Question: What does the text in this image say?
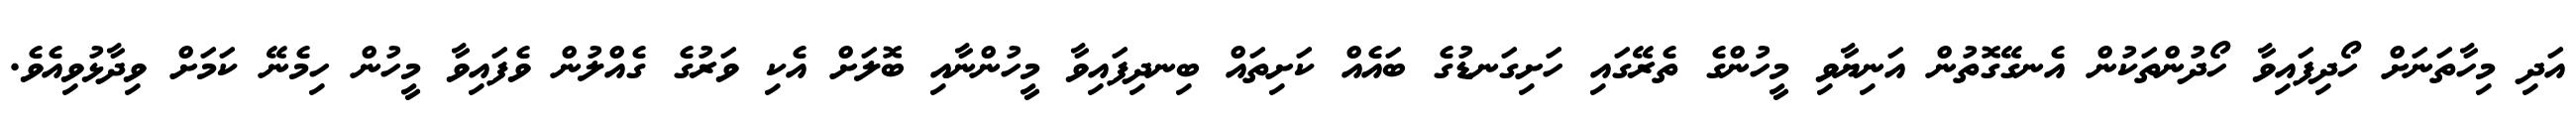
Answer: އަދި މިހާތަނަށް ހޯދިފައިވާ ހޯދުންތަކުން އެނގޭގޮތުން އަނިޔާވި މީހުންގެ ތެރޭގައި ހަށިގަނޑުގެ ބައެއް ކަށިތައް ބިނދިފައިވާ މީހުންނާއި ބޮލަށް އެކި ވަރުގެ ގެއްލުން ވެފައިވާ މީހުން ހިމެނޭ ކަމަށް ވިދާޅުވިއެވެ.